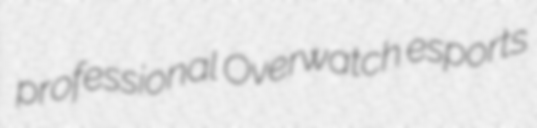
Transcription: professional Overwatch esports